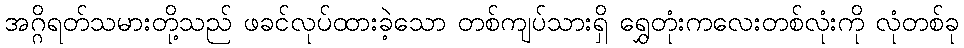
အဂ္ဂိရတ်သမားတို့သည် ဖခင်လုပ်ထားခဲ့သော တစ်ကျပ်သားရှိ ရွှေတုံးကလေးတစ်လုံးကို လုံတစ်ခု